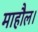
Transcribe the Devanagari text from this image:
माहौल।